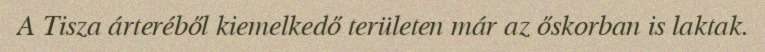
A Tisza árteréből kiemelkedő területen már az őskorban is laktak.